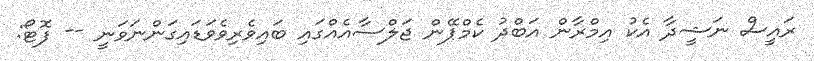
ރައީސް ނަޝީދާ އެކު އިމްރާން އަބްދު ކެމްޕޭން ޖަލްސާއެއްގައި ބައިވެރިވެވަޑައިގަންނަވަނީ -- ފޮޓޯ: